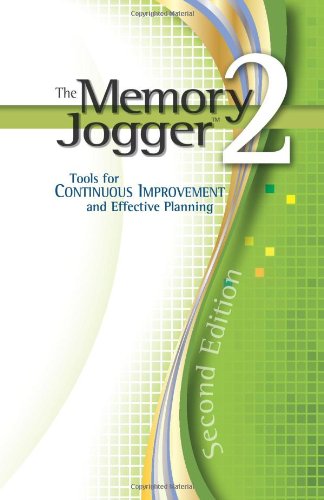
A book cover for The Memory Jogger 2: Tools for Continuous Improvement and Effective Planning; Michael Brassard; Business & Money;